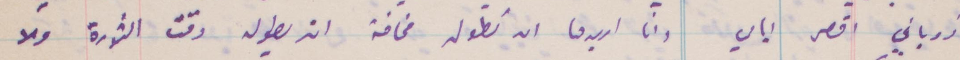
زوباني اقصل الي وانا اريدها ان تطول مخافة ان... وقت الثورة وهو